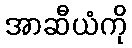
အာဆီယံကို